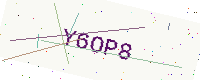
Text: Y6OP8